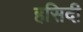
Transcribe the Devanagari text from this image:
हसिदी